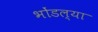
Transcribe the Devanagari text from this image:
भोंडल्या